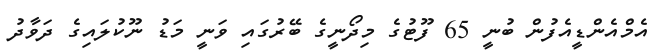
އެމްއެންޑީއެފުން ބުނީ 65 ފޫޓުގެ މިދޯނީގެ ބޭރުގައި ވަނީ މަޑު ނޫކުލައިގެ ދަވާދު